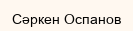
Сәркен Оспанов